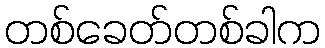
တစ်ခေတ်တစ်ခါက